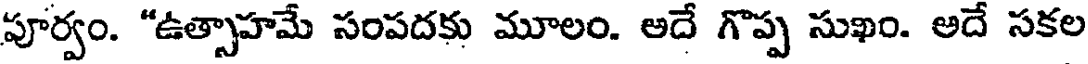
పూర్వం. "ఉత్సాహమే సంపదకు మూలం. అదే గొప్ప సుఖం. అదే సకల